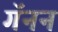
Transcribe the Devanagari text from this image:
गॅनन